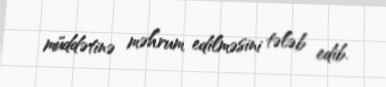
müddətinə məhrum edilməsini tələb edib.